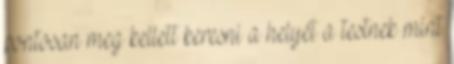
pontosan meg kellett keresni a helyét a testnek mint